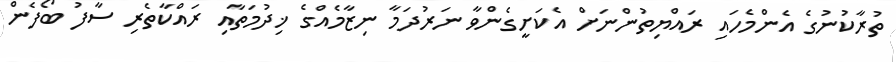
ތުރާކުނުގެ އެންމެހައި ރައްޔިތުންނަށް އެކަށީގެންވާ ނަރުދަމާ ނިޒާމެއްގެ ޚިދުމަތާއި ރައްކާތެރި ސާފު ބޯފެން